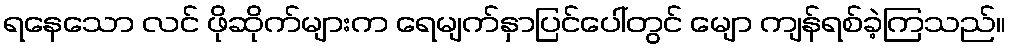
ရနေသော လင် ဖိုဆိုက်များက ရေမျက်နှာပြင်ပေါ်တွင် မျော ကျန်ရစ်ခဲ့ကြသည်။